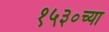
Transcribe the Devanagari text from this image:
१५३०च्या